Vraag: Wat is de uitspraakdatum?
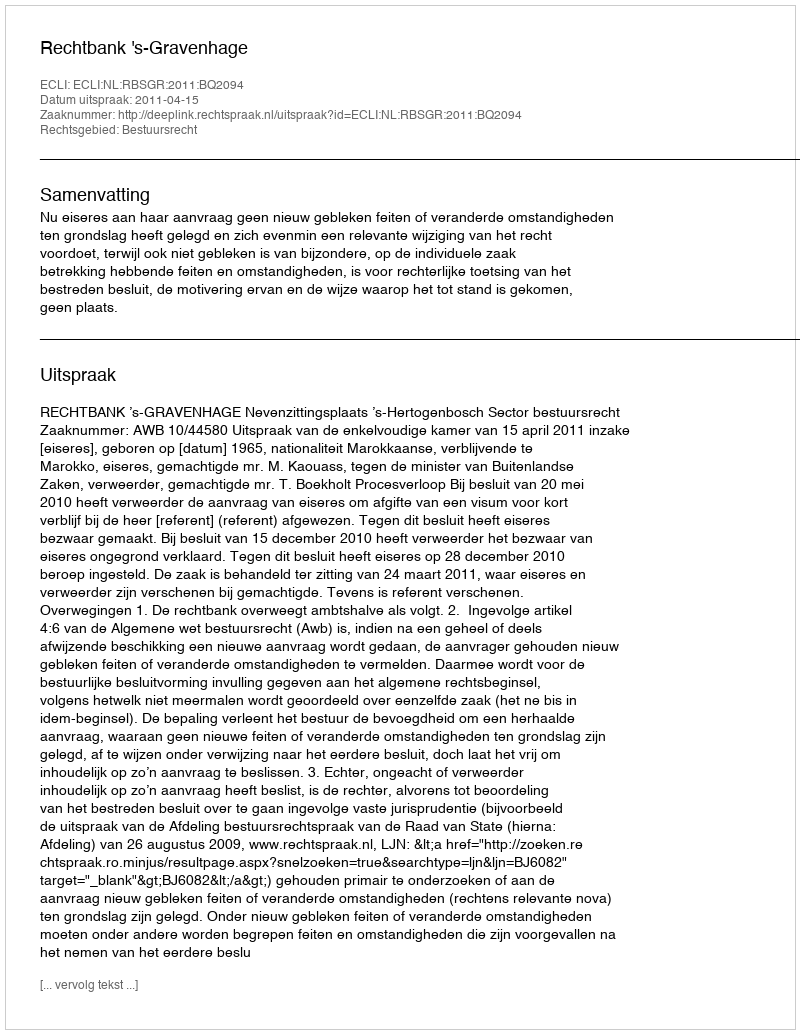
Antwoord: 2011-04-15